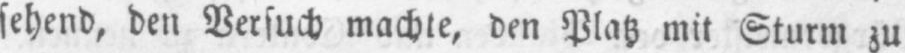
sehend, den Versuch machte, den Platz mit Sturm zu